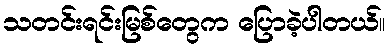
သတင်းရင်းမြစ်တွေက ပြောခဲ့ပါတယ်။